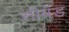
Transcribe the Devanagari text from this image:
सीब्रँड